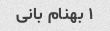
۱ بهنام بانی